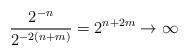
LaTeX: \begin{align*}\frac{2^{-n}}{2^{-2(n+m)}}=2^{n+2m}\to\infty\end{align*}